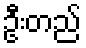
ဦးတည်